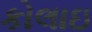
કોલાઇ